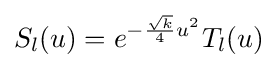
S_{l}(u)=e^{-{\frac {\sqrt {k}}{4}}u^{2}}T_{l}(u)